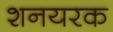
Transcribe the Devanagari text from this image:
शनयरक